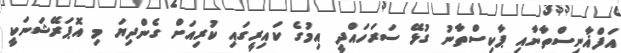
އަފްޣާނިސްތާނާއި ޕާކިސްތާނު ގުޅޭ ސަރަހައްދީ އިމުގެ ކައިރީގައި ކުރިއަށް ގެންދިޔަ މި އޮޕަރޭޝަނަކީ